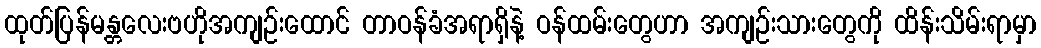
ထုတ်ပြန်မန္တလေးဗဟိုအကျဉ်းထောင် တာဝန်ခံအရာရှိနဲ့ ဝန်ထမ်းတွေဟာ အကျဉ်းသားတွေကို ထိန်းသိမ်းရာမှာ